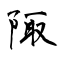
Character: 陬